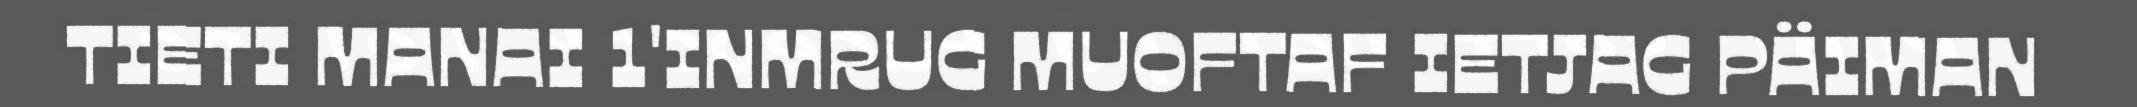
TIETI MANAI 1'INMRUG MUOFTAF IETJAG PÄIMAN